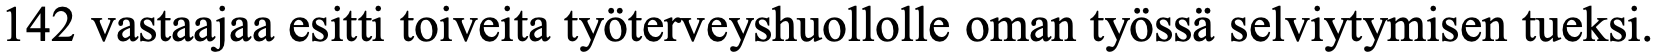
142 vastaajaa esitti toiveita työterveyshuollolle oman työssä selviytymisen tueksi.